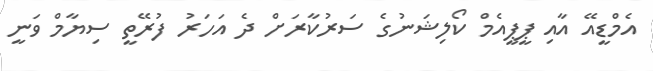
އެމްޑީއޭ އާއި ޕީޕީއެމް ކޯލިޝަނުގެ ސަރުކާރަށް ދެ އަހަރު ފުރޭތީ ސިޔާމް ވަނީ